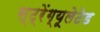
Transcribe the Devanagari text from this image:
स्ट्रेंग्यूलेटेड